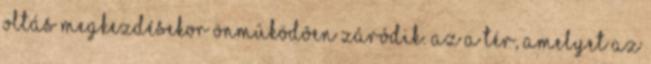
oltás megkezdésekor önmûködõen záródik. Az a tér, amelyet az